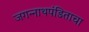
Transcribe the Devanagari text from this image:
जगन्‍नाथपंडिताचा